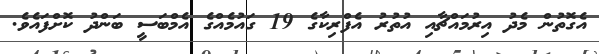
އެގޮތުން މެދު އިރުމައްޗާއި އުތުރު އެފްރިކާގެ 19 ގައުމެއްގެ އެމްބަސީ ބަންދު ކޮށްފައެވެ.